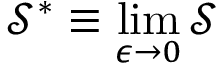
\mathcal { S } ^ { * } \equiv \operatorname* { l i m } _ { \epsilon \rightarrow 0 } \mathcal { S }